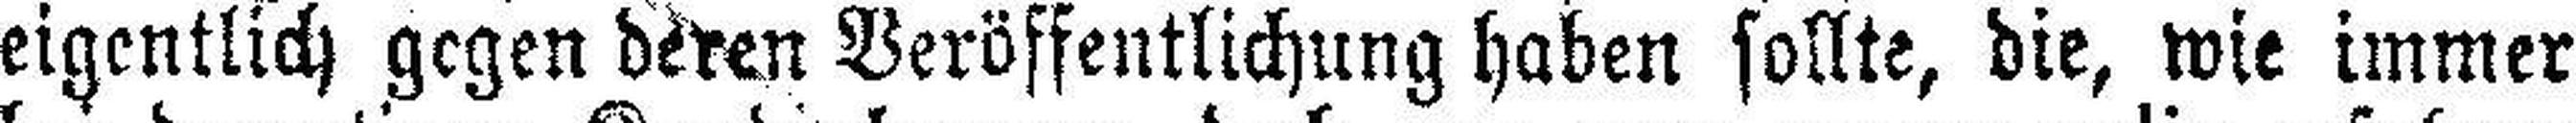
eigentlich gegen deren Veröffentlichung haben sollte, die, wie immer